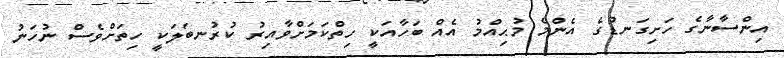
އިންސާނާގެ ހަށިގަނޑުގެ އެންމެ މުޙިއްމު އެއް ބަހާއަކީ ހިތްކަމަށްވާއިރު ކުރުނބަލަކީ ހިތަށްވެސް ނުހަނު